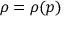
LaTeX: \rho = \rho { } ( p )